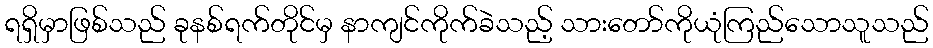
ရရှိမှာဖြစ်သည် ခုနစ်ရက်တိုင်မှ နာကျင်ကိုက်ခဲသည့် သားတော်ကိုယုံကြည်သောသူသည်